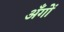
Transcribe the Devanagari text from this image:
अँगों